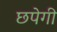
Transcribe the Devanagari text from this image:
छपेगी